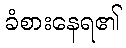
ခံစားနေရ၏